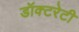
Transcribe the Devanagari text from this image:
डॉक्टरेटी